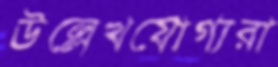
উল্লেখযোগ্যরা